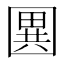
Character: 𭍭